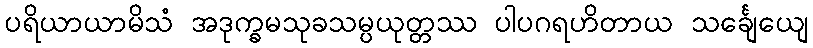
ပရိယာယာမိသံ အဒုက္ခမသုခသမ္ပယုတ္တဿ ပါပဂရဟိတာယ သင်္ချေယျေ